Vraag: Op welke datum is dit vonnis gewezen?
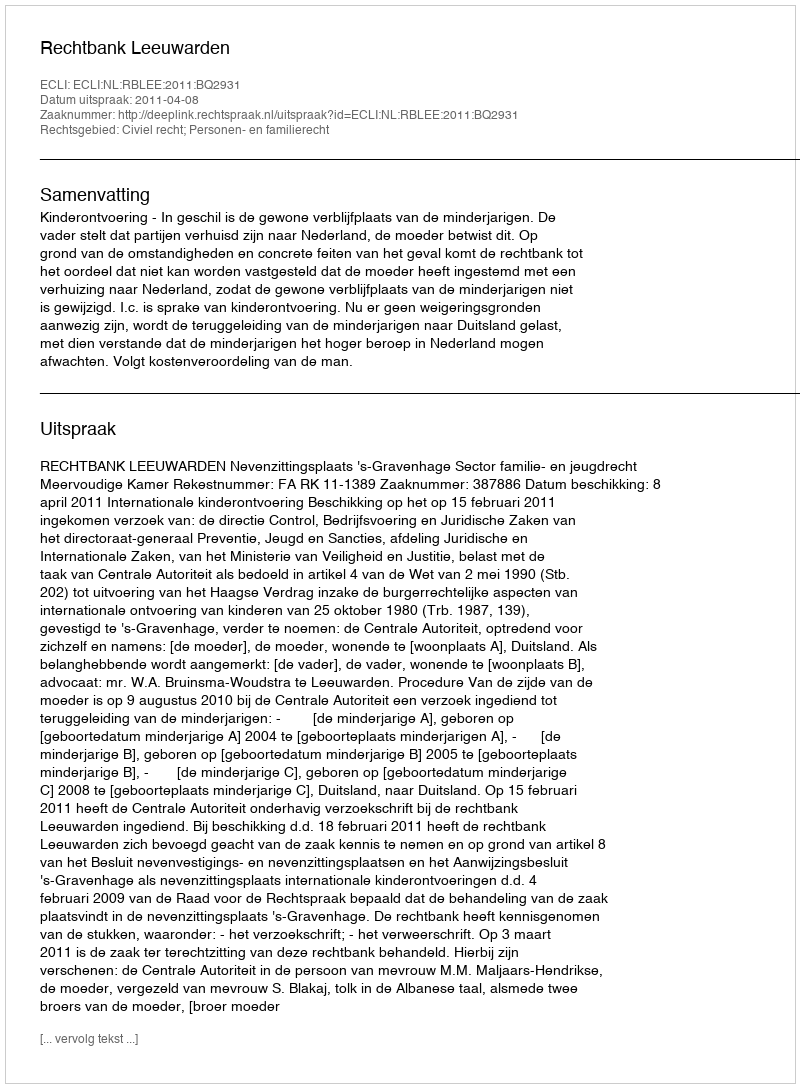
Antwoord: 2011-04-08